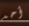
أحد